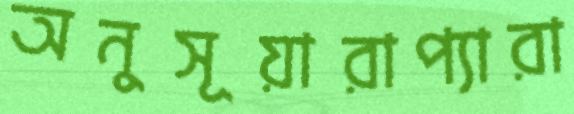
অনুসূয়ারাপ্যারা